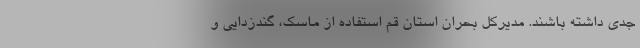
جدی داشته باشند. مدیرکل بحران استان قم استفاده از ماسک، گندزدایی و